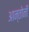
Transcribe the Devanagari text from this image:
आन्तोनी